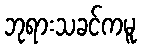
ဘုရားသခင်ကမူ